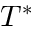
T ^ { * }